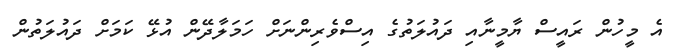
އެ މީހުން ރައީސް ޔާމީނާއި ދައުލަތުގެ އިސްވެރިންނަށް ހަމަލާދޭން އުޅޭ ކަމަށް ދައުލަތުން